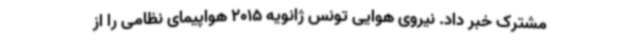
مشترک خبر داد. نیروی هوایی تونس ژانویه 2015 هواپیمای نظامی را از